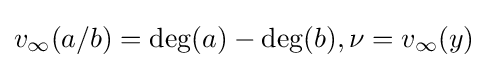
v_{\infty }(a/b)=\deg(a)-\deg(b),\nu =v_{\infty }(y)